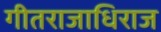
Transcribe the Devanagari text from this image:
गीतराजाधिराज